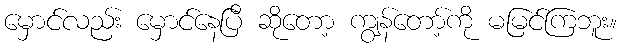
မှောင်လည်း မှောင်နေပြီ ဆိုတော့ ကျွန်တော့်ကို မမြင်ကြဘူး။